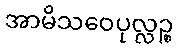
အာမိသဝေပုလ္လဉ္စ